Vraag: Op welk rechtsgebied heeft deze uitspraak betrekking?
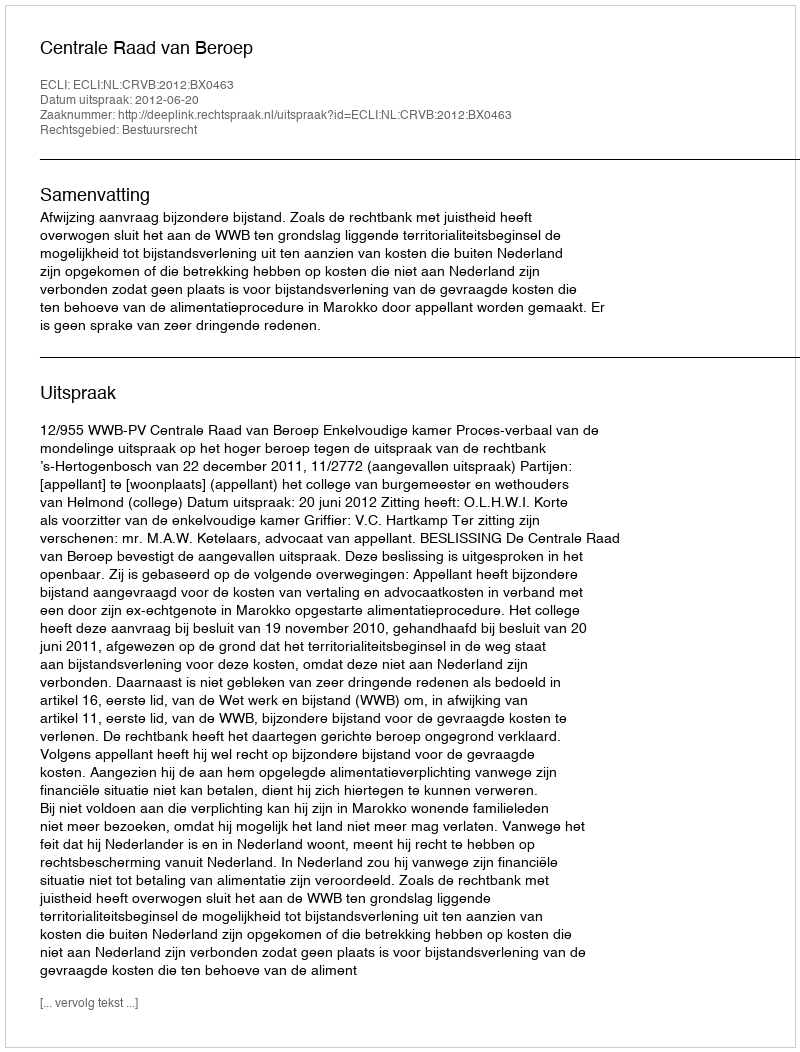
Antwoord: Bestuursrecht